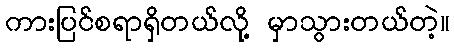
ကားပြင်စရာရှိတယ်လို့ မှာသွားတယ်တဲ့။